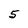
Character: 5